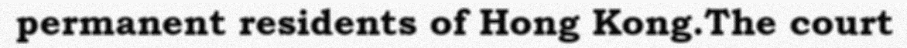
permanent residents of Hong Kong.The court